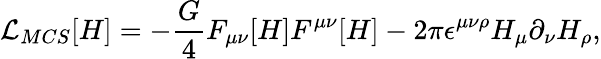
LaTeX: {\cal L}_{MCS}[H]=-\frac{G}{4}F_{\mu\nu}[H]F^{\mu\nu}[H]-2\pi\epsilon^{\mu\nu\rho}H_{\mu}\partial_{\nu}H_{\rho},